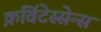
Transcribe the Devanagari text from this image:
क़विंटेस्सेन्स